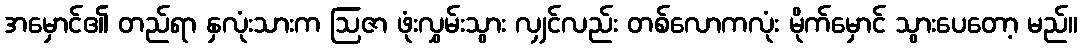
အမှောင်၏ တည်ရာ နှလုံးသားက ဩဇာ ဖုံးလွှမ်းသွား လျှင်လည်း တစ်လောကလုံး မိုက်မှောင် သွားပေတော့ မည်။